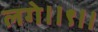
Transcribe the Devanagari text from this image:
लगे॥९॥